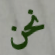
نحن